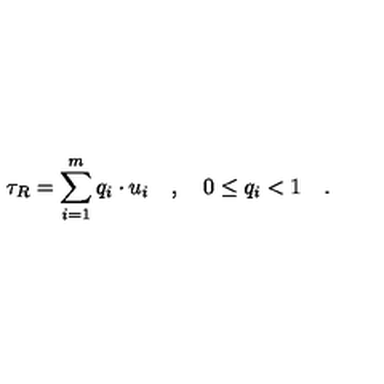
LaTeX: \tau _ { R } = \sum _ { i = 1 } ^ { m } q _ { i } \cdot u _ { i } \quad , \quad 0 \le q _ { i } < 1 \quad .